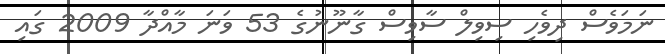
ނަމަވެސް ދިވެހި ސިވިލް ސާވިސް ގާނޫނުގެ 53 ވަނަ މާއްދާ 2009 ގައި